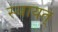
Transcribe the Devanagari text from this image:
स्वायत्